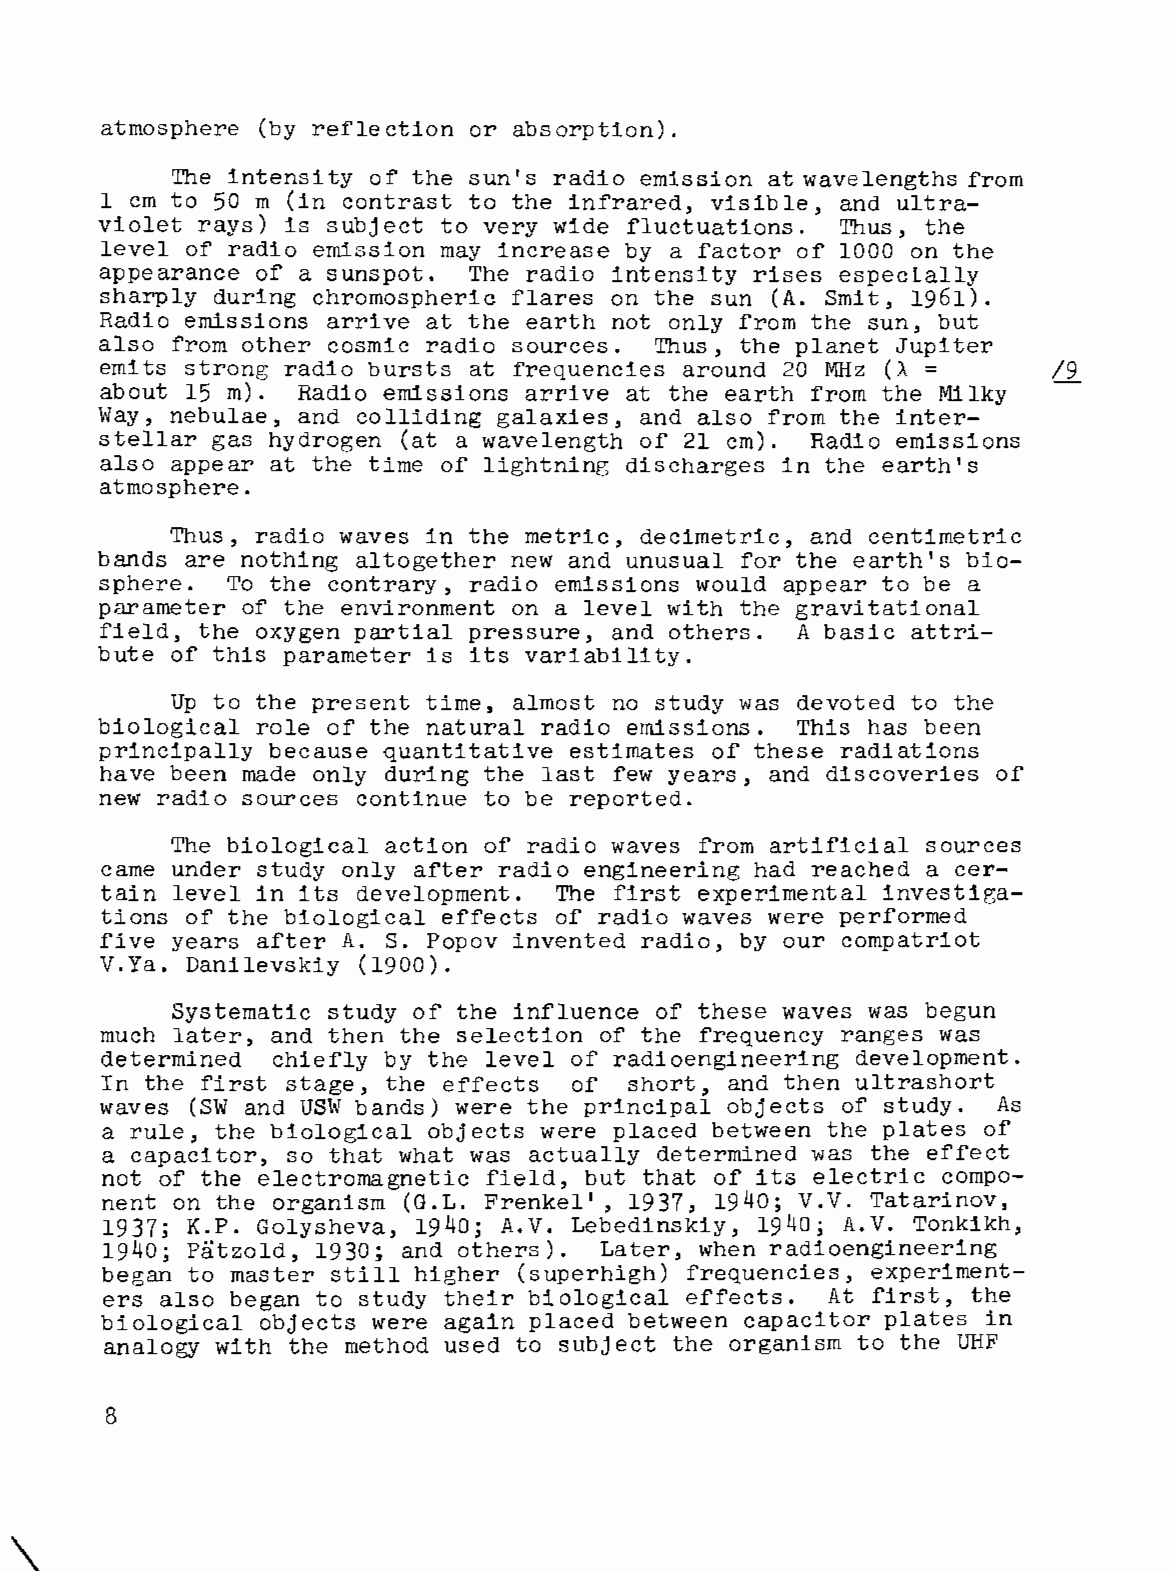
atmosphere (by reflection or absorption).
 The intensi ty of the sun's radio emission at wavelengths from
 1 cm to 50 m (in contrast to the infrared, visible, and ultra
 violet rays) is subject to very wide fluctuations. Thus, the
 level of radio emission may increase by a factor of 1000 on the
 appearance of a sunspot. The radio intensity rises espectally
 sharply during chromospheric flares on the sun (A. Smit, 1961).
 Radio emissions arrive at the earth not only from the sun, but
 also from other cosmic radio sources. Thus, the planet Jupiter
 =
 emits strong radio bursts at frequencies around 20 MHz (A      /9
 about 15 m). Radio emissions arrive at the earth from the Milky
 Way, nebulae, and colliding galaxies, and also from the inter
 stellar gas hydrogen (at a wavelength of 21 cm). Radio emissions
 also appear at the time of lightning discharges in the earth's
 atmosphere.
 Thus, radio waves in the metric, decimetric, and centimetric
 bands are nothing altogether new and unusual for the earth's bio
 sphere. To the contrary, radio emissions would appear to be a
 parameter of the environment on a level with the gravitational
 field, the oxygen partial pressure, and others. A basic attri
 bute of this parameter is its variability.
 Up to the present time, almost no study was devoted to the
 biological role of the natural radio emissions. This has been
 principally because quantitative estimates of these radiations
 have been made only during the last few years, and discoveries of
 new radio sources continue to be reported.
 The biological action of radio waves from artificial sources
 came under study only after radio engineering had reached a cer
 tain level in its development. The first experimental investiga
 tions of the biological effects of radio waves were performed
 five years after A. S. Popov invented radio, by our compatriot
 V.Ya. Danilevskiy (1900).
 Systematic study of the influence of these waves was begun
 much later, and then the selection of the frequency ranges was
 determined chiefly by the level of radioengineering development.
 In the first stage, the effects of short, and then ultrashort
 waves (SW and USW bands) were the principal objects of study. As
 a rule, the biological objects were placed between the plates of
 a capacitor, so that what was actually determined was the effect
 not of the electromagnetic field, but that of its electric compo
 nent on the organism (G.L. Frenkel', 1937, 1940; V.V. Tatarinov,
 1937; K.P. Golysheva, 1940; A.V. Lebedinskiy, 1940; A.V. Tonkikh,
 1940; Patzold, 1930; and others). Later, when radioengineering
 began to master still higher (superhigh) frequencies, experiment
 ers also began to study their biological effects. At first, the
 biological objects were again placed between capacitor plates in
 analogy with the method used to subject the organism to the UHF
 8